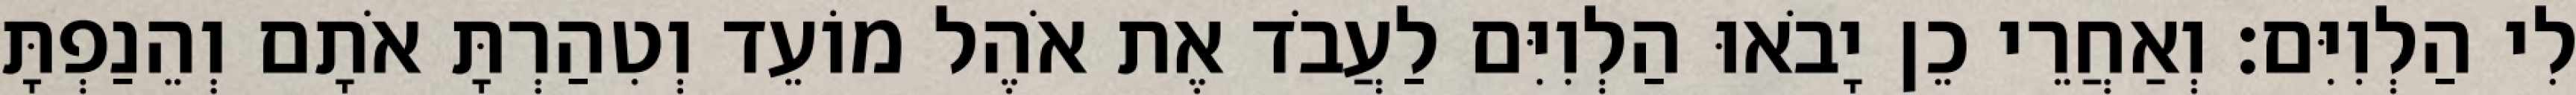
לִי הַלְוִיִּם׃ וְאַחֲרֵי כֵן יָבֹאוּ הַלְוִיִּם לַעֲבֹד אֶת אֹהֶל מוֹעֵד וְטִהַרְתָּ אֹתָם וְהֵנַפְתָּ